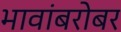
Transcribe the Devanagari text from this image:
भावांबरोबर